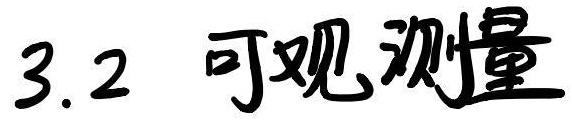
3.2 可观测量